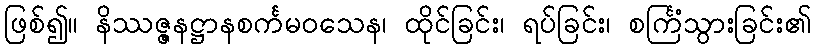
ဖြစ်၍။ နိဿဇ္ဇနဋ္ဌာနစင်္ကမဝသေန၊ ထိုင်ခြင်း၊ ရပ်ခြင်း၊ စင်္ကြံသွားခြင်း၏